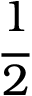
\cfrac 1 2